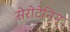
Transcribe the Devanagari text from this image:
सेरोटेनिन